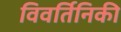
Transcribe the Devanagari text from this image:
विवर्तिनिकी